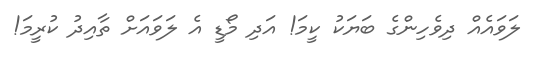
ލަވައެއް ދިވެހިންގެ ބަޔަކު ކީމަ! އަދި މޯޑީ އެ ލަވައަށް ތާއިދު ކުރީމަ!